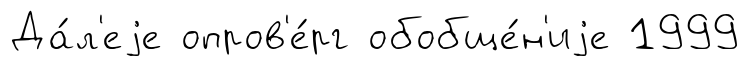
Да́л'еjе опров'е́рг обобще́н'иjе 1999